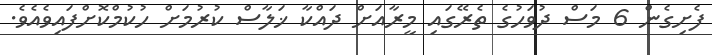
ފެށިގެން 6 މަސް ދުވަހުގެ ތެރޭގައި މީރާއަށް ދައްކާ ޚަލާސް ކުރުމަށް ހުކުމްކޮށްފައިވެއެވެ.